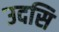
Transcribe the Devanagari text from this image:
उदसि